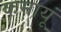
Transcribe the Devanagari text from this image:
कमायूं